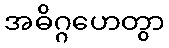
အဓိဂ္ဂဟေတွာ